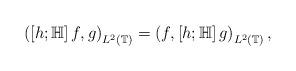
LaTeX: \begin{align*}\left(\left[h;\mathbb H\right]f , g\right)_{L^2(\mathbb T)}=\left(f ,\left[h;\mathbb H\right]g\right)_{L^2(\mathbb T)},\end{align*}